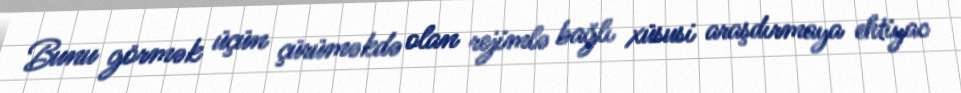
Bunu görmək üçün çürüməkdə olan rejimlə bağlı xüsusi araşdırmaya ehtiyac